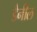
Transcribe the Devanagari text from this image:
डैनील